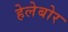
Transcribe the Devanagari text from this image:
हेलेबोर